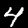
Label: 4